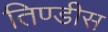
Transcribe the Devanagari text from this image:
तिण्डीस